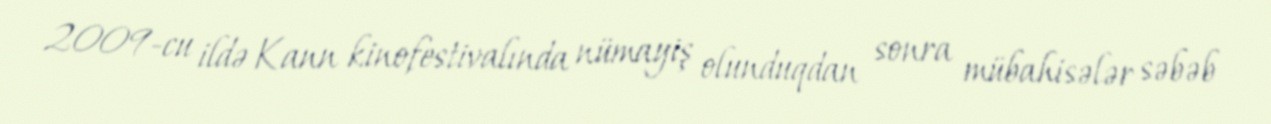
2009-cu ildə Kann kinofestivalında nümayiş olunduqdan sonra mübahisələr səbəb